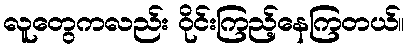
လူတွေကလည်း ဝိုင်းကြည့်နေကြတယ်။